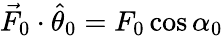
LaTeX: \vec{F}_{0}\cdot\hat{\theta}_{0}=F_{0}\cos\alpha_{0}